Scientific memoirs by medical officers of the Army of India - Part X,
Year: 1897
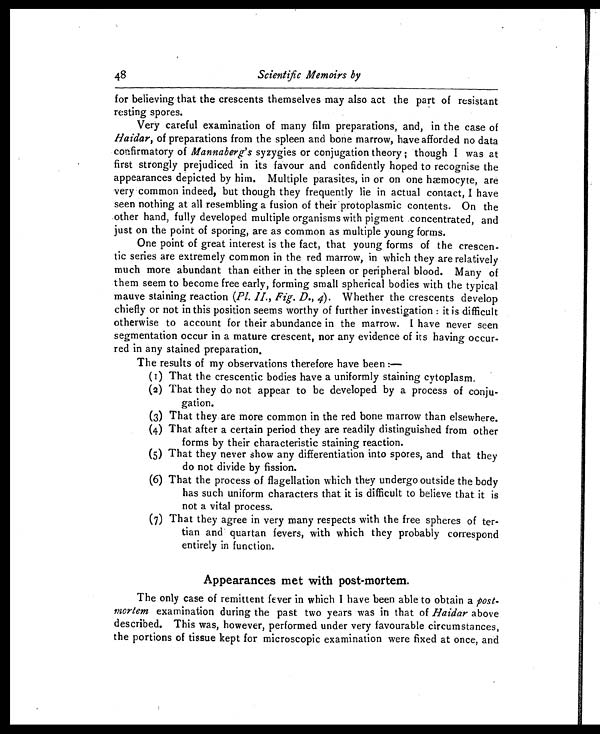
48
Scientific Memoirs by
for believing that the crescents themselves may also act the part of resistant
resting spores.
Very careful examination of, many film preparations, and, in the case of
Haidar, of preparations from the spleen and bone marrow, have afforded no data
confirmatory of Mannaberg's syzygies or conjugation theory ; though I was at
first strongly prejudiced in its favour and confidently hoped to recognise the
appearances depicted by him. Multiple parasites, in or on one hæmocyte, are
very common indeed, but though they frequently lie in actual contact, I have
seen nothing at all resembling a fusion of their protoplasmic contents. On the
other hand, fully developed multiple organisms with pigment concentrated, and
just on the point of sporing, are as common as multiple young forms.
One point of great interest is the fact, that young forms of the crescen-
tic series are extremely common in the red marrow, in which they are relatively
much more abundant than either in the spleen or peripheral blood. Many of
them seem to become free early, forming small spherical bodies with the typical
mauve staining reaction ( Pl. II., Fig. D., 4). Whether the crescents develop
chiefly or not in this position seems worthy of further investigation : it is difficult
otherwise to account for their abundance in the marrow. I have never seen
segmentation occur in a mature crescent, nor any evidence of its having occur-
red in any stained preparation.
The results of my observations therefore have been :—
(1) That the crescentic bodies have a uniformly staining cytoplasm.
(2) That they do not appear to be developed by a process of conju-
gation.
(3) That they are more common in the red bone marrow than elsewhere.
(4) That after a certain period they are readily distinguished from other
forms by their characteristic staining reaction.
(5) That they never show any differentiation into spores, and that they
do not divide by fission.
(6) That the process of flagellation which they undergo outside the body
has such uniform characters that it is difficult to believe that it is
not a vital process.
(7) That they agree in very many respects with the free spheres of ter-
tian and quartan fevers, with which they probably correspond
entirely in function.
Appearances met with post-mortem.
The only case of remittent fever in which I have been able to obtain a post-
mortem examination during the past two years was in that of Haidar above
described. This was, however, performed under very favourable circumstances,
the portions of tissue kept for microscopic examination were fixed at once, and